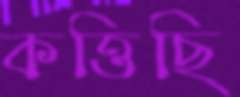
কত্তিছি